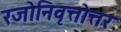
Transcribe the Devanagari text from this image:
रजोनिवृत्तोत्तर